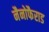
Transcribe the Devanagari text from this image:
नैनोफैराड